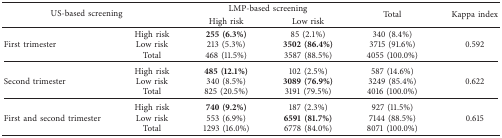
<table><thead><tr><td rowspan="2" colspan="2"><b>US-based screening</b></td><td colspan="2"><b>LMP-based screening</b></td><td rowspan="2"><b>Total</b></td><td rowspan="2"><b>Kappa index</b></td></tr><tr><td><b>High risk</b></td><td><b>Low risk</b></td></tr></thead><tbody><tr><td rowspan="3">First trimester</td><td>High risk</td><td><b>255 (6.3%)</b></td><td>85 (2.1%)</td><td>340 (8.4%)</td><td rowspan="3">0.592</td></tr><tr><td>Low risk</td><td>213 (5.3%)</td><td><b>3502 (86.4%)</b></td><td>3715 (91.6%)</td></tr><tr><td>Total</td><td>468 (11.5%)</td><td>3587 (88.5%)</td><td>4055 (100.0%)</td></tr><tr><td rowspan="3">Second trimester</td><td>High risk</td><td><b>485 (12.1%)</b></td><td>102 (2.5%)</td><td>587 (14.6%)</td><td rowspan="3">0.622</td></tr><tr><td>Low risk</td><td>340 (8.5%)</td><td><b>3089 (76.9%)</b></td><td>3249 (85.4%)</td></tr><tr><td>Total</td><td>825 (20.5%)</td><td>3191 (79.5%)</td><td>4016 (100.0%)</td></tr><tr><td rowspan="3">First and second trimester</td><td>High risk</td><td><b>740 (9.2%)</b></td><td>187 (2.3%)</td><td>927 (11.5%)</td><td rowspan="3">0.615</td></tr><tr><td>Low risk</td><td>553 (6.9%)</td><td><b>6591 (81.7%)</b></td><td>7144 (88.5%)</td></tr><tr><td>Total</td><td>1293 (16.0%)</td><td>6778 (84.0%)</td><td>8071 (100.0%)</td></tr></tbody></table>